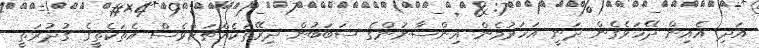
އަދި އެއިން ދޭހަވެގެން ދަނީ އަހަރުމެން އިންސާނުންގެ ސަބަބުން ދިރޭތަކެއްޗަށްވެސް އެތަކެތީގެ ގުދުރަތީ